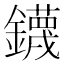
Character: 鑖